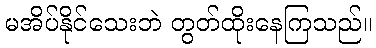
မအိပ်နိုင်သေးဘဲ တွတ်ထိုးနေကြသည်။